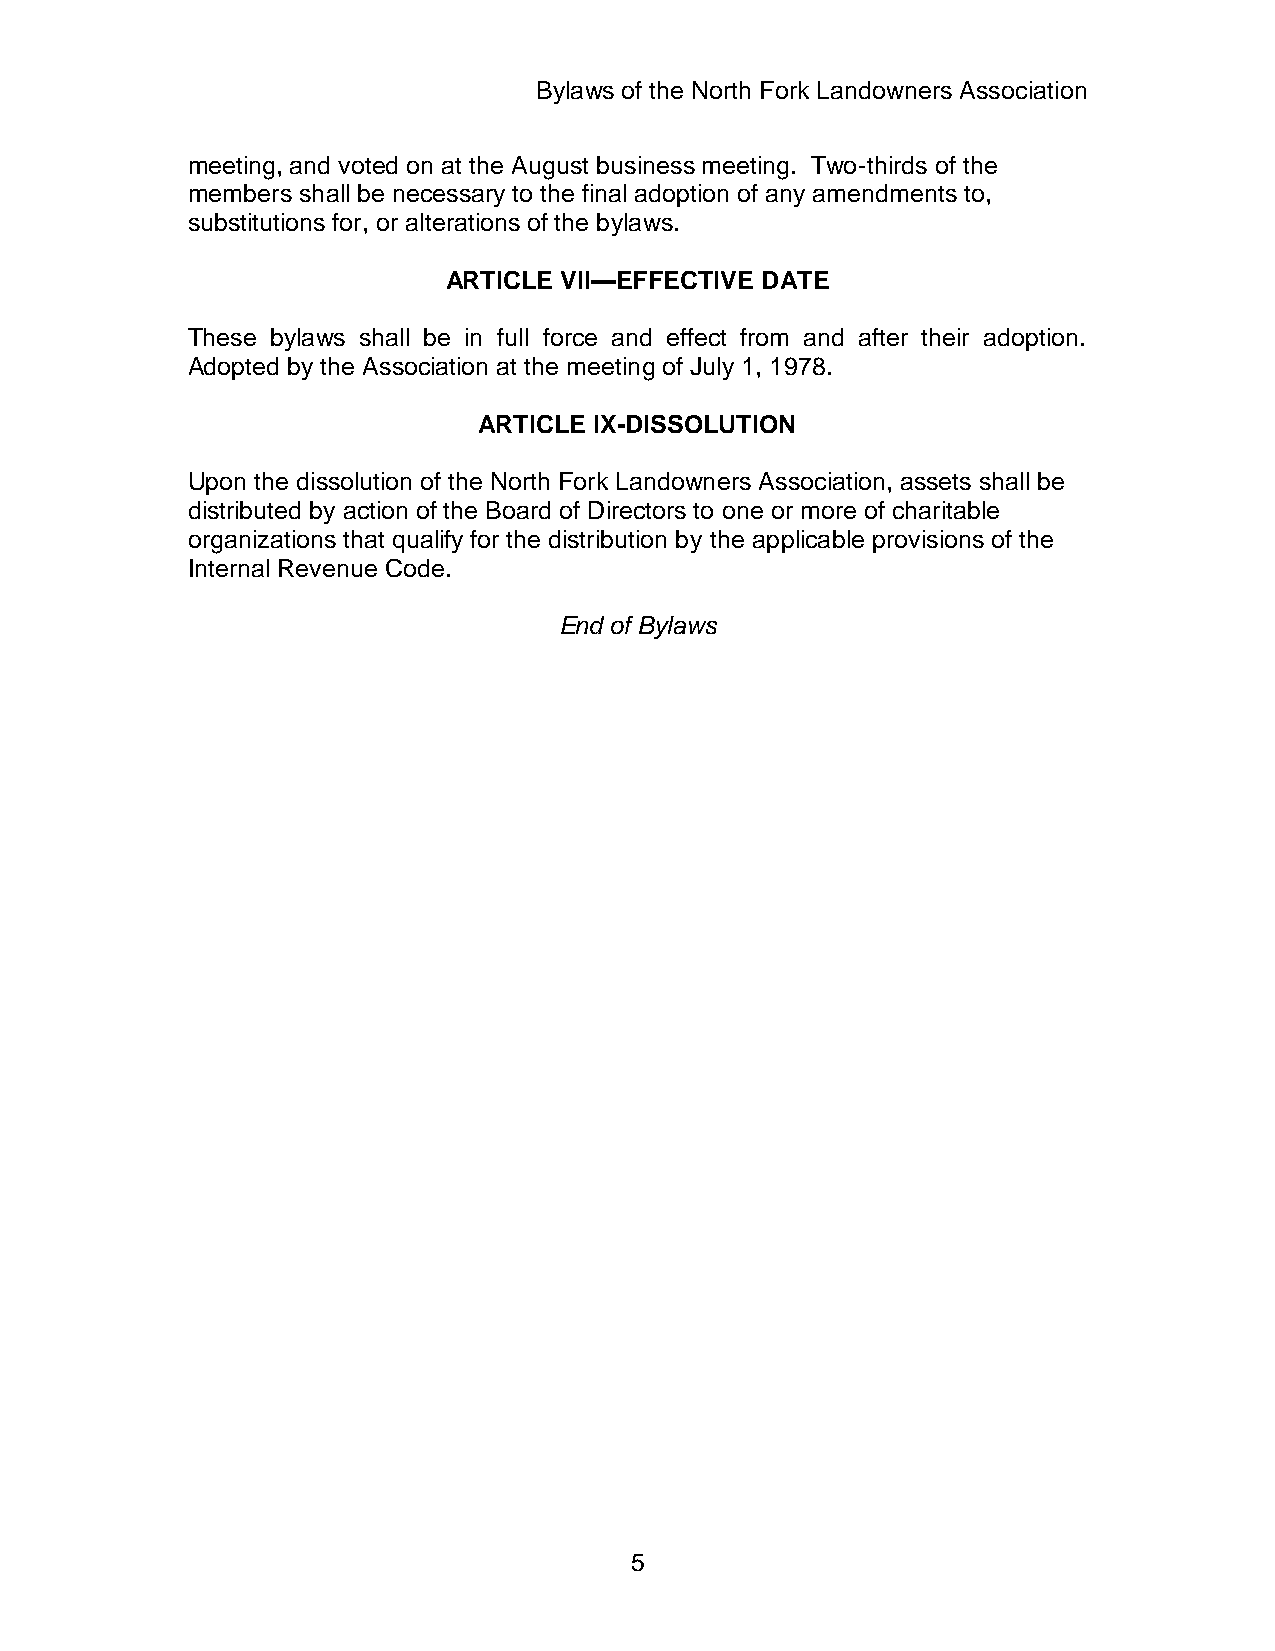
Bylaws of the North Fork Landowners Association
 meeting, and voted on at the August business meeting. Two-thirds of the
 members shall be necessary to the final adoption of any amendments to,
 substitutions for, or alterations of the bylaws.
 ARTICLE VII—EFFECTIVE DATE
 These bylaws shall be in full force and effect from and after their adoption.
 Adopted by the Association at the meeting of July 1, 1978.
 ARTICLE IX-DISSOLUTION
 Upon the dissolution of the North Fork Landowners Association, assets shall be
 distributed by action of the Board of Directors to one or more of charitable
 organizations that qualify for the distribution by the applicable provisions of the
 Internal Revenue Code.
 End of Bylaws
 5